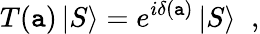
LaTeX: T(\mathtt{a})\left|S\right\rangle=e^{i\delta(\mathtt{a})}\left|S\right\rangle\; \; ,